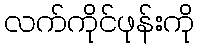
လက်ကိုင်ဖုန်းကို